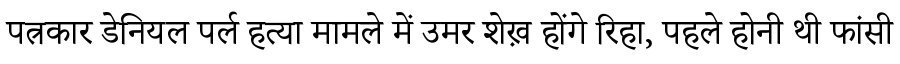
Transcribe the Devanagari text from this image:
पत्रकार डेनियल पर्ल हत्या मामले में उमर शेख़ होंगे रिहा, पहले होनी थी फांसी